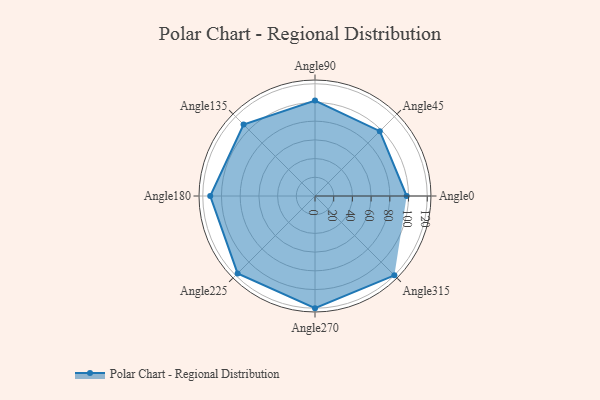
{"axis": {"x": "Angle", "y": "Radius"}, "legend": [""], "data": [{"x": "Angle0", "y": 98.0, "type": ""}, {"x": "Angle45", "y": 98.0, "type": ""}, {"x": "Angle90", "y": 102.0, "type": ""}, {"x": "Angle135", "y": 108.0, "type": ""}, {"x": "Angle180", "y": 112.0, "type": ""}, {"x": "Angle225", "y": 117.0, "type": ""}, {"x": "Angle270", "y": 120.0, "type": ""}, {"x": "Angle315", "y": 120.0, "type": ""}]}